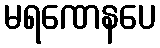
မရဏေနပေ